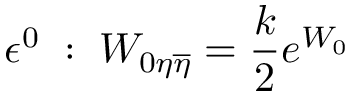
\epsilon ^ { 0 } \; : \; W _ { 0 \eta \overline { { { \eta } } } } = { \frac { k } { 2 } } e ^ { W _ { 0 } }